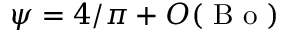
\psi = 4 / \pi + O ( \mathrm { ~ B ~ o ~ } )